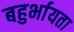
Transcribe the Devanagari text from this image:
बहुर्भायता